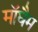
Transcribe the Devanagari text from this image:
मॉघैम